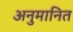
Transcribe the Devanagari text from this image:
अनुमानित